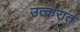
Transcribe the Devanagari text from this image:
उत्करात